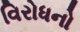
વિરોધનો